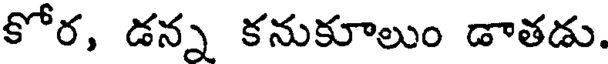
కోర, డన్న కనుకూలుం డాతడు.